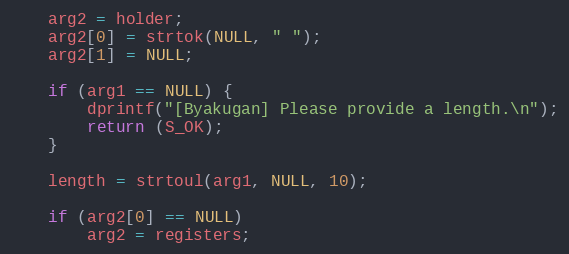
Language: C++
    arg2 = holder;
    arg2[0] = strtok(NULL, " ");
    arg2[1] = NULL;

    if (arg1 == NULL) {
        dprintf("[Byakugan] Please provide a length.\n");
        return (S_OK);
    }

    length = strtoul(arg1, NULL, 10);

    if (arg2[0] == NULL)
        arg2 = registers;